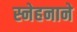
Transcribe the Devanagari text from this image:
स्नेहनाने